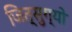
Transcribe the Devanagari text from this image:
जित्सुग्यो